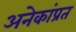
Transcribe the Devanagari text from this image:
अनेकांप्रत